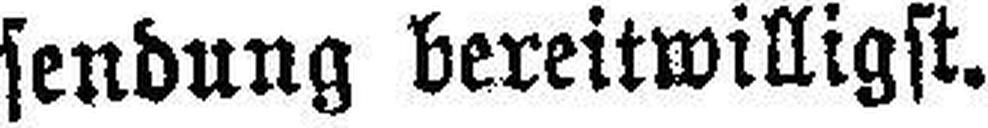
sendung bereitwilligst.